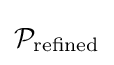
{\mathcal {P}}_{\text{refined}}